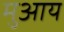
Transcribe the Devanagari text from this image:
मुआय